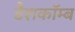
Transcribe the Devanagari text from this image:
डैशकॉम्ब